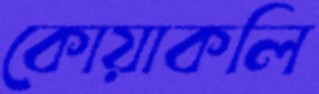
কোয়াকলি